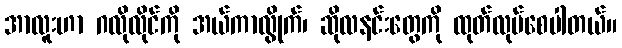
အာလူးဟာ ဂလိုလိုင်ကို အယ်ကာလွိုက်၊ ဆိုလနင်းတွေကို ထုတ်လုပ်စေပါတယ်။